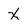
Character: X